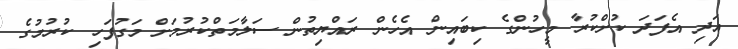
އަދި އެފަދަ ކުށްކުރާ މީހުންގެ ކިބައިން އެހެން ރައްޔިތުން ސަލާމަތްކުރުމަށް މަގުފަހި ކުރުމުގެ